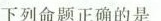
下列命题正确的是 ( )